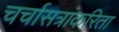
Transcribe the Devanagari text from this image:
चर्चासत्रांकरिता